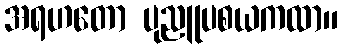
အရဟတော ပုညူပစယကထာ။